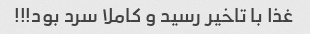
غذا با تاخیر رسید و کاملا سرد بود!!!